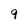
Character: 9